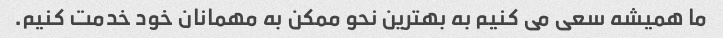
ما همیشه سعی می کنیم به بهترین نحو ممکن به مهمانان خود خدمت کنیم.